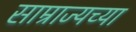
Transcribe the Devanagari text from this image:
साम्राज्यच्या